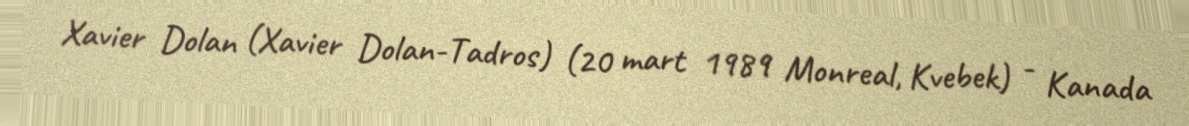
Xavier Dolan (Xavier Dolan-Tadros) (20 mart 1989 Monreal, Kvebek) - Kanada